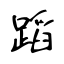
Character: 蹈